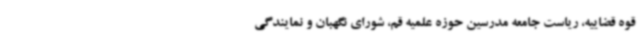
قوه قضاییه، ریاست جامعه مدرسین حوزه علمیه قم، شورای نگهبان و نمایندگی